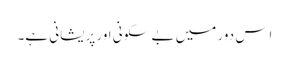
اِس دور میں بے سکونی اور پریشانی ہے۔